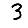
Digit: 3